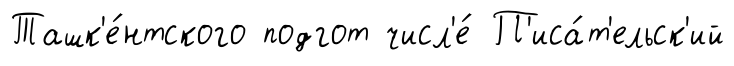
Ташк'е́нтского подгот числ'е́ П'иса́т'ельск'ий